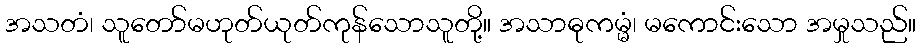
အသတံ၊ သူတော်မဟုတ်ယုတ်ကုန်သောသူတို့။ အသာဓုကမ္မံ၊ မကောင်းသော အမှုသည်။